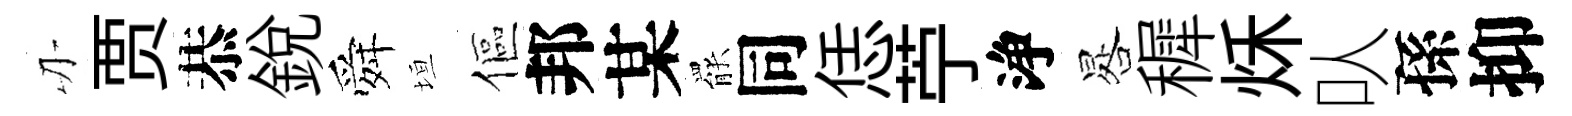
刃贾恭銳舜垣傴邦某罷同恁苧浄晷穉秌㕥孫抑